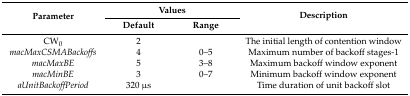
<table><thead><tr><td rowspan="2"><b>Parameter</b></td><td colspan="2"><b>Values</b></td><td rowspan="2"><b>Description</b></td></tr><tr><td><b>Default</b></td><td><b>Range</b></td></tr></thead><tbody><tr><td>CW<sub>0</sub></td><td>2</td><td></td><td>The initial length of contention window</td></tr><tr><td><i>macMaxCSMABackoffs</i></td><td>4</td><td>0–5</td><td>Maximum number of backoff stages-1</td></tr><tr><td><i>macMaxBE</i></td><td>5</td><td>3–8</td><td>Maximum backoff window exponent</td></tr><tr><td><i>macMinBE</i></td><td>3</td><td>0–7</td><td>Minimum backoff window exponent</td></tr><tr><td><i>aUnitBackoffPeriod</i></td><td>320 μs</td><td></td><td>Time duration of unit backoff slot</td></tr></tbody></table>